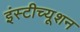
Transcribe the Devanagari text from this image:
इंस्‍टीच्‍यूशन